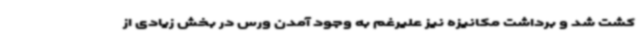
کشت شد و برداشت مکانیزه نیز علیرغم به وجود آمدن ورس در بخش زیادی از